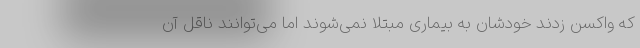
که واکسن زدند خودشان به بیماری مبتلا نمی‌شوند اما می‌توانند ناقل آن